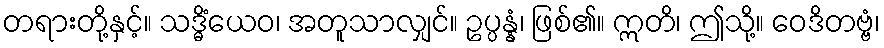
တရားတို့နှင့်။ သဒ္ဓိံယေဝ၊ အတူသာလျှင်။ ဥပ္ပန္နံ၊ ဖြစ်၏။ ဣတိ၊ ဤသို့။ ဝေဒိတဗ္ဗံ၊